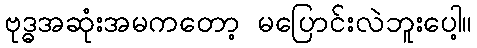
ဗုဒ္ဓအဆုံးအမကတော့ မပြောင်းလဲဘူးပေါ့။